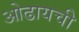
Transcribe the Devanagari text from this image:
ओढायची